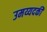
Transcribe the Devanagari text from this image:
उमय्यदकी